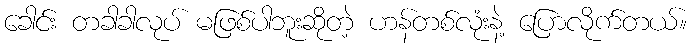
ခေါင်း တခါခါလုပ် မဖြစ်ပါဘူးဆိုတဲ့ ဟန်တစ်လုံးနဲ့ ပြောလိုက်တယ်။